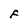
Character: F